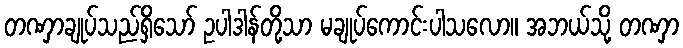
တဏှာချုပ်သည်ရှိသော် ဥပါဒါန်တို့သာ မချုပ်ကောင်းပါသလော။ အဘယ်သို့ တဏှာ